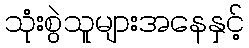
သုံးစွဲသူများအနေနှင့်